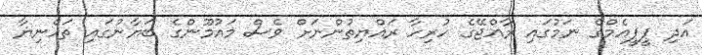
އަދި ޕީޕީއެމްގެ ނަމުގައި ރާއްޖޭގެ ހުރިހާ ރައްޔިތުންނަށް ވެސް މައުމޫންގެ ބަޔާނުގައި ތަހްނިޔާ